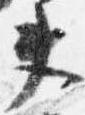
夫